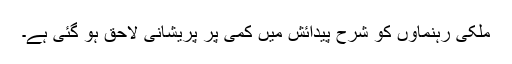
ملکی رہنماؤں کو شرحِ پیدائش میں کمی پر پریشانی لاحق ہو گئی ہے۔